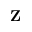
\textbf { Z }